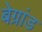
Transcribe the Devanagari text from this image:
बेग्रांड